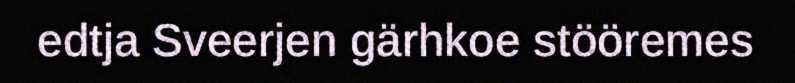
edtja Sveerjen gärhkoe stööremes